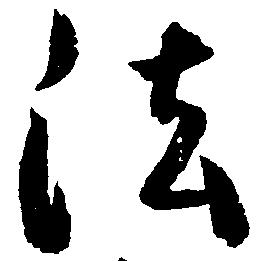
法